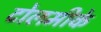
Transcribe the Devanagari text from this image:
टोलमीके